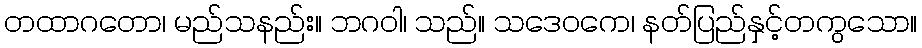
တထာဂတော၊ မည်သနည်း။ ဘဂဝါ၊ သည်။ သဒေဝကေ၊ နတ်ပြည်နှင့်တကွသော။